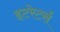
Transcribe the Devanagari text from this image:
इटरेटर्स